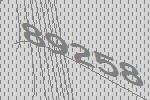
89258